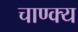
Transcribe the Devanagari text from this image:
चाण्क्य